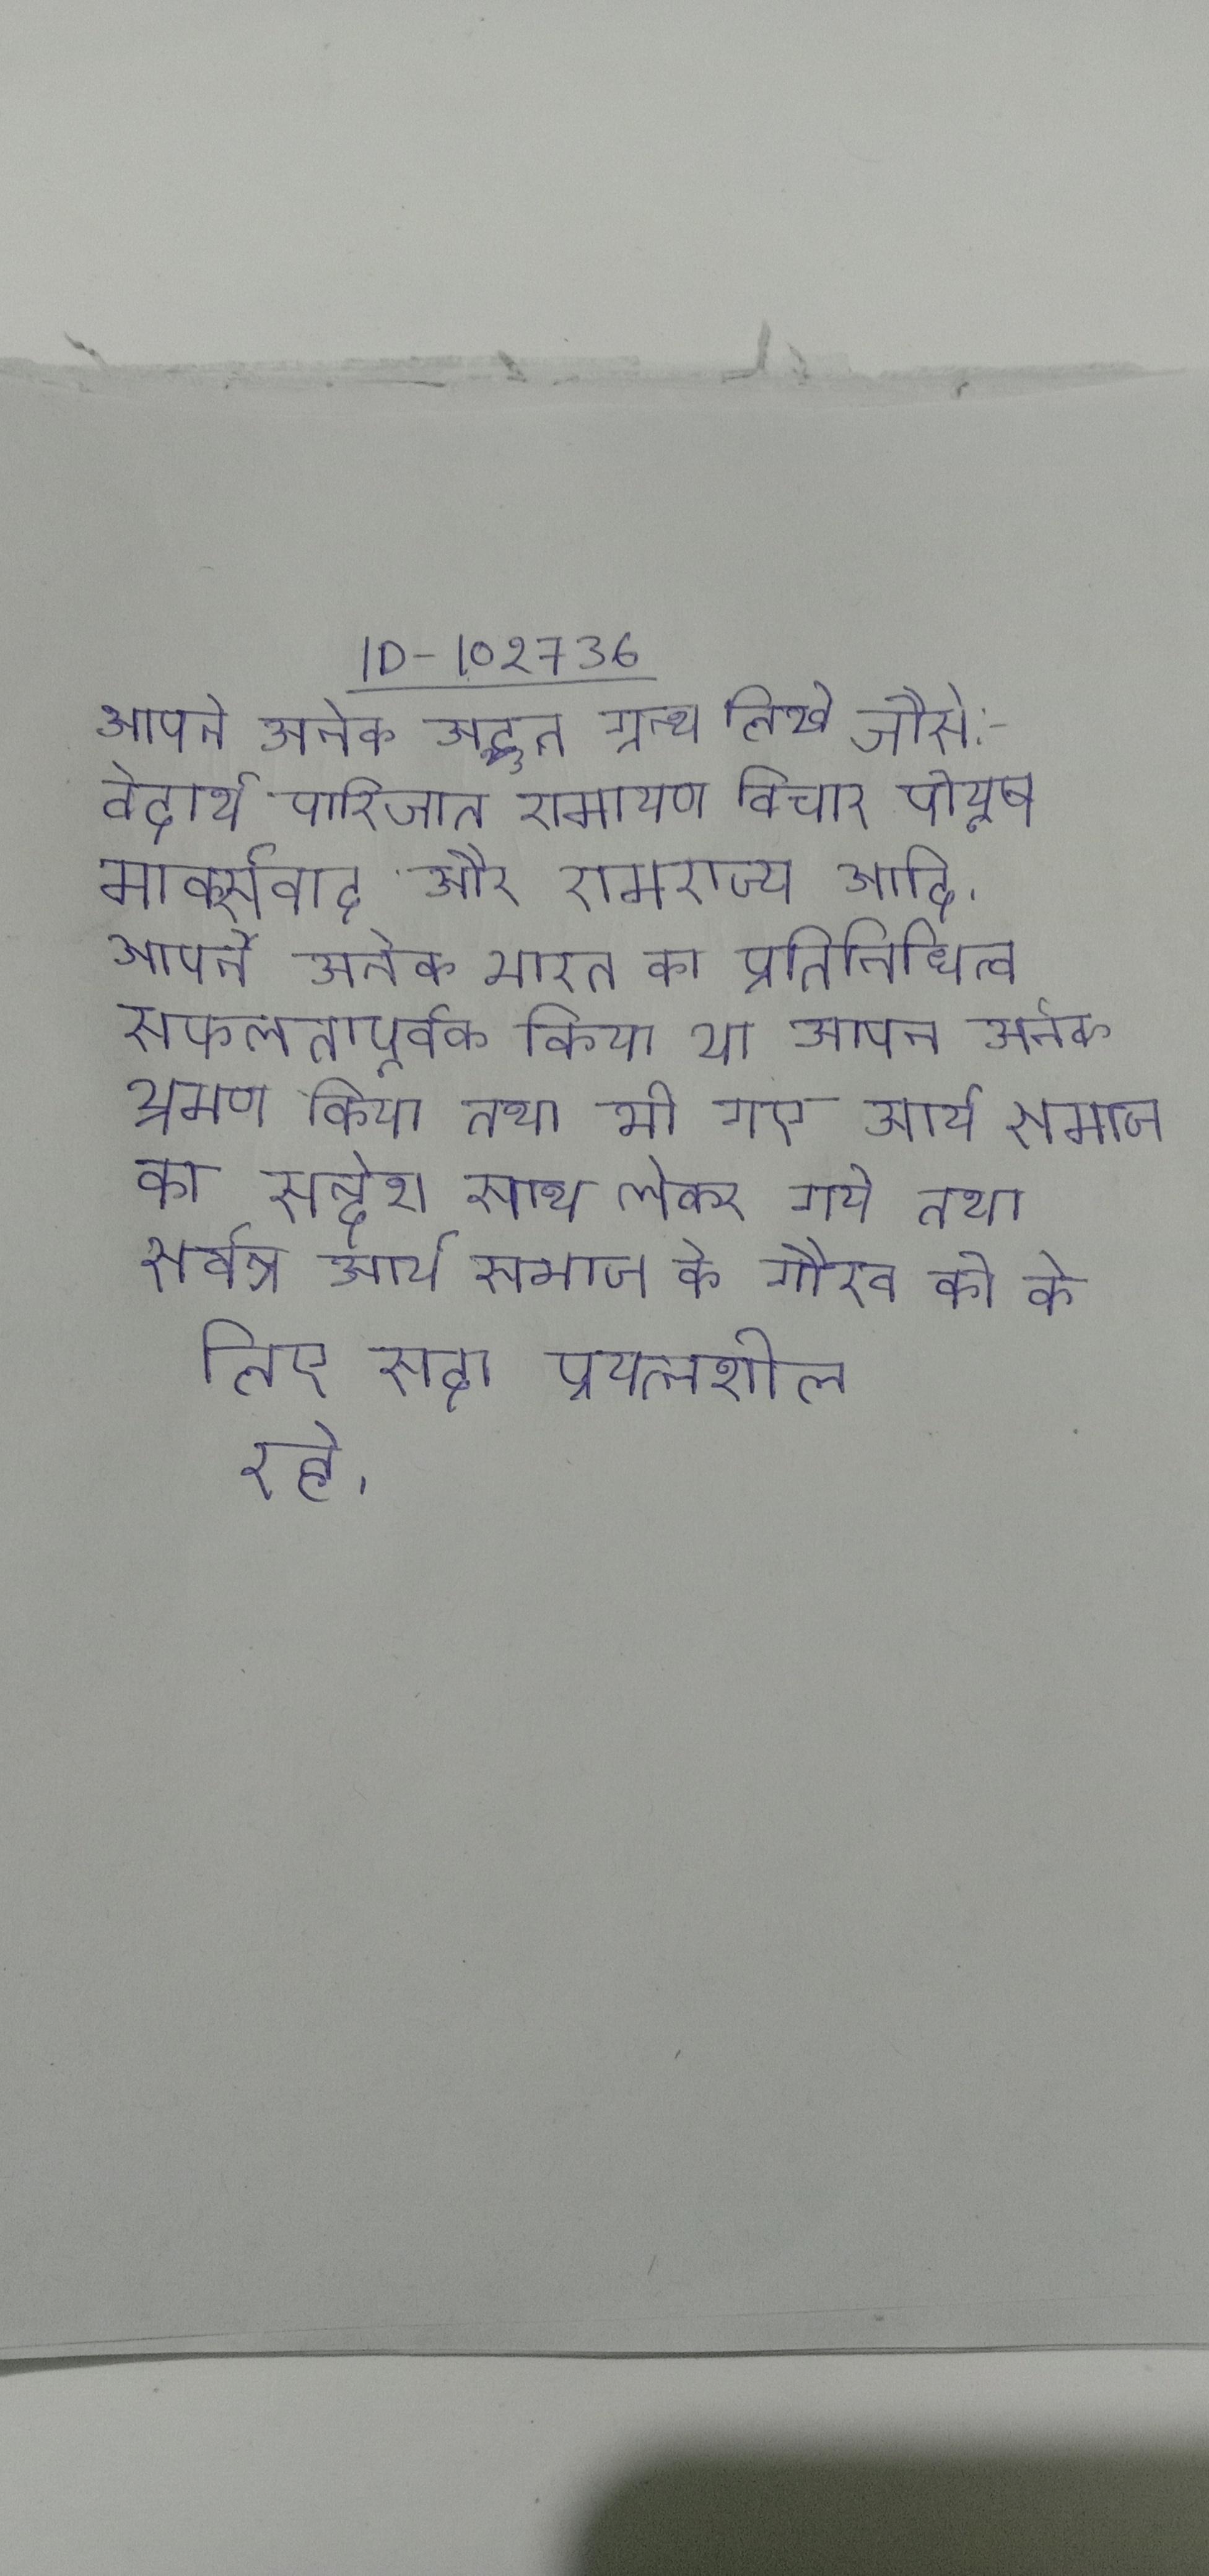
आपने अनेक अद्भुत ग्रन्थ लिखे जैसे:- वेदार्थ पारिजात, रामायण विचार पीयूष, मार्क्सवाद और रामराज्य आदि । आपने अनेक भारत का प्रतिनिधित्व सफलतापूर्वक किया था । आपने अनेक भ्रमण किया तथा भी गए, आर्य समाज का सन्देश साथ लेकर गये तथा सर्वत्र आर्य समाज के गौरव को के लिए सदा प्रयत्नशील रहे ।